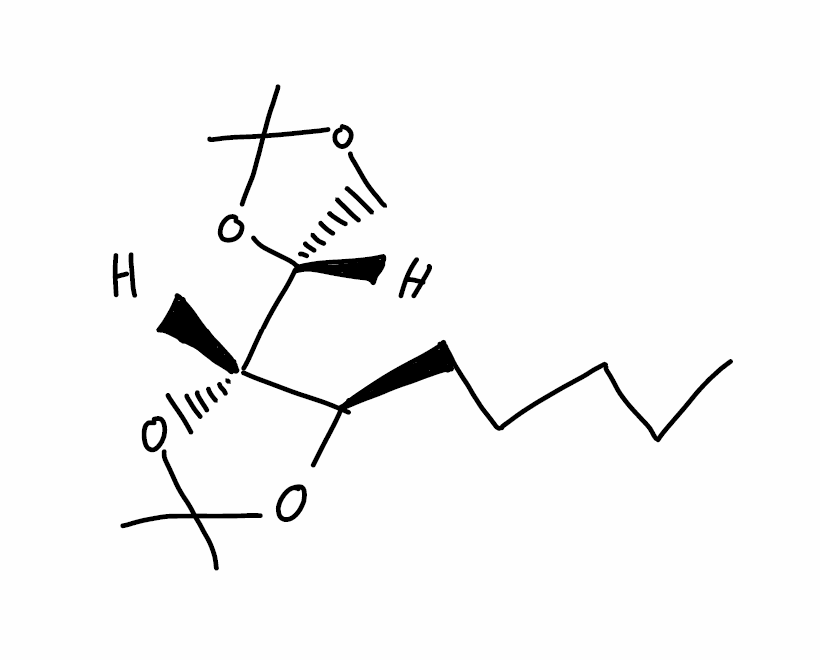
Simplified molecular-input line-entry system (SMILES) notation of the given molecule:
CCCCC[C@@H]1[C@H](OC(O1)(C)C)[C@H]2COC(O2)(C)C